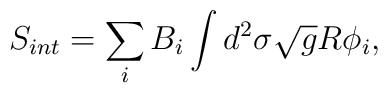
S_{int}= \sum_{i}B_{i} \int d^{2} \sigma \sqrt{g} R\phi_{i},